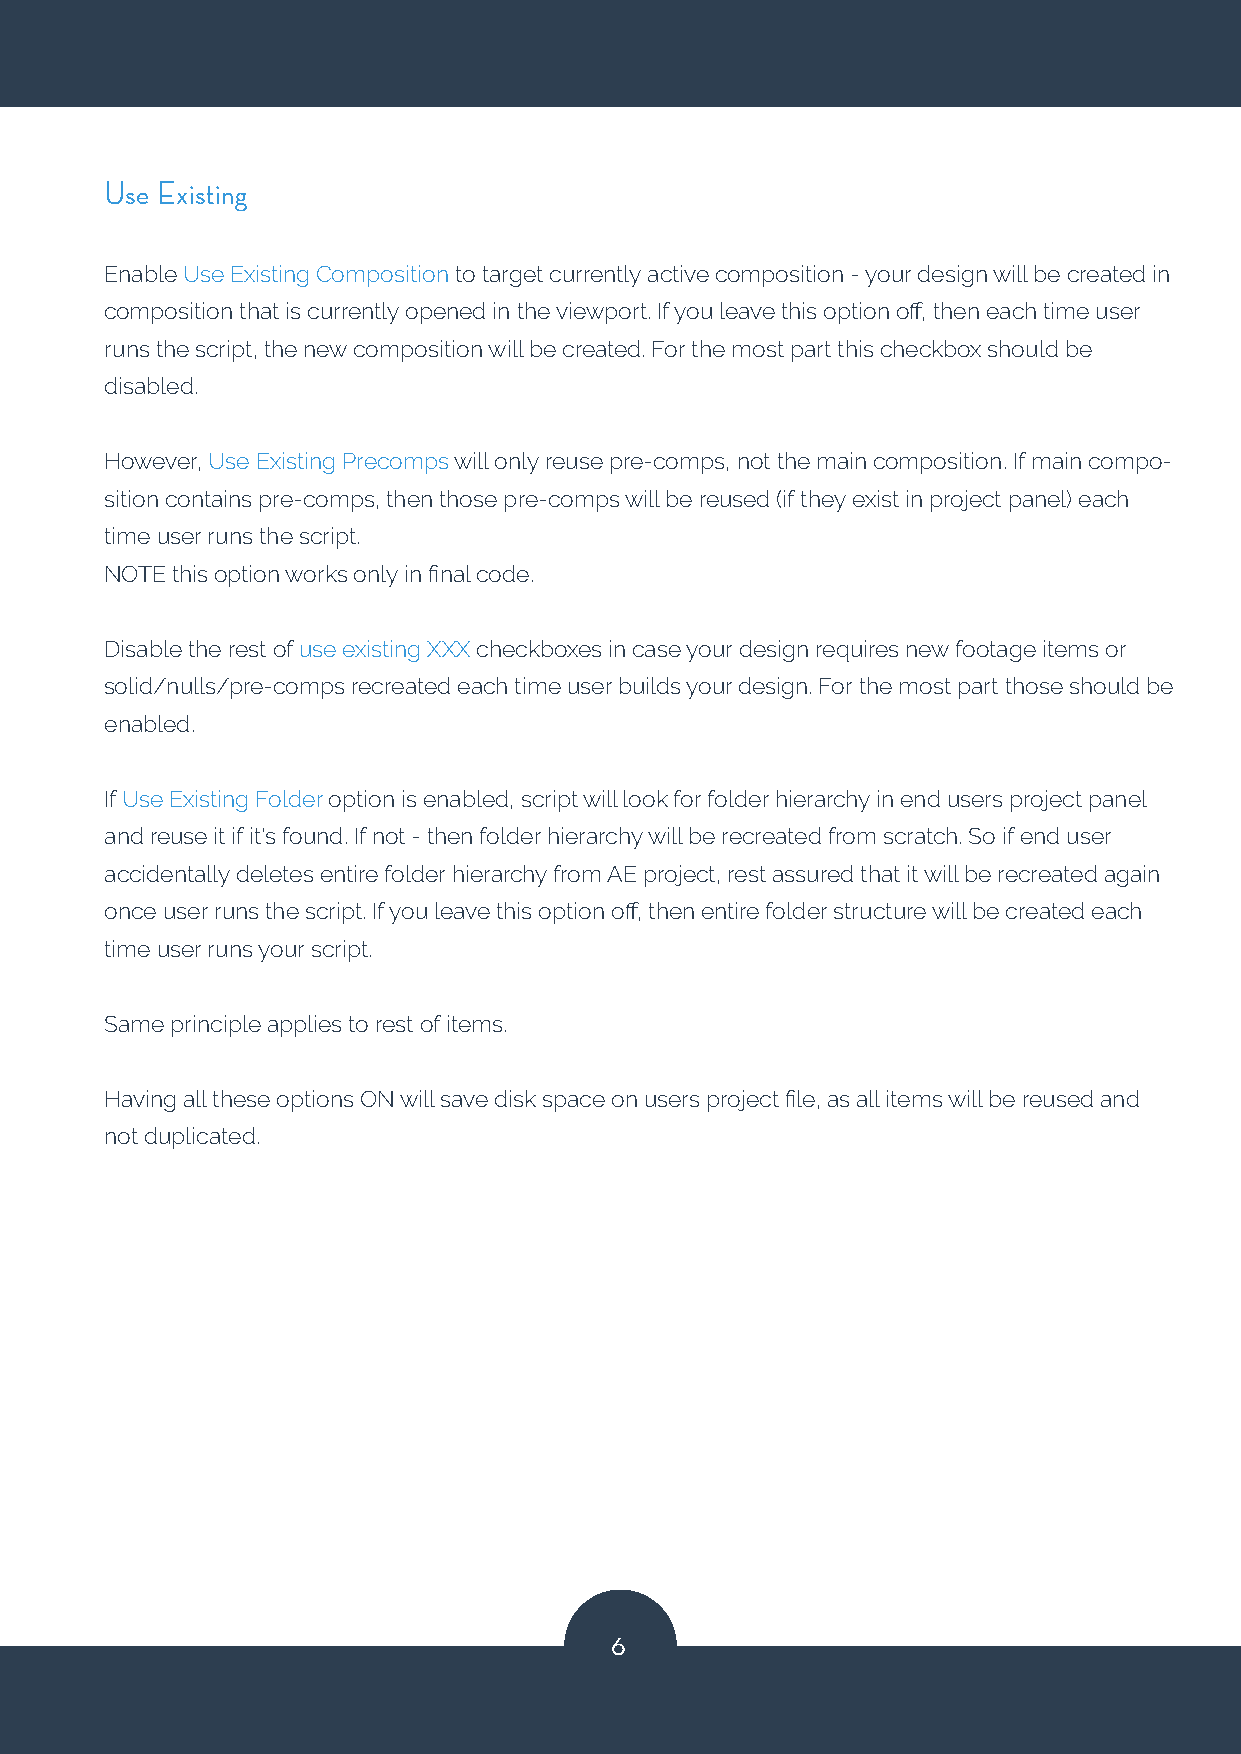
Use Existing
 Enable Use Existing Composition to target currently active composition - your design will be created in
 composition that is currently opened in the viewport. If you leave this option off, then each time user
 runs the script, the new composition will be created. For the most part this checkbox should be
 disabled.
 However, Use Existing Precomps will only reuse pre-comps, not the main composition. If main compo-
 sition contains pre-comps, then those pre-comps will be reused (if they exist in project panel) each
 time user runs the script.
 NOTE this option works only in final code.
 Disable the rest of use existing XXX checkboxes in case your design requires new footage items or
 solid/nulls/pre-comps recreated each time user builds your design. For the most part those should be
 enabled.
 If Use Existing Folder option is enabled, script will look for folder hierarchy in end users project panel
 and reuse it if it's found. If not - then folder hierarchy will be recreated from scratch. So if end user
 accidentally deletes entire folder hierarchy from AE project, rest assured that it will be recreated again
 once user runs the script. If you leave this option off, then entire folder structure will be created each
 time user runs your script.
 Same principle applies to rest of items.
 Having all these options ON will save disk space on users project file, as all items will be reused and
 not duplicated.
 6